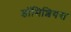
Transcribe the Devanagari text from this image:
डॉमिशियस